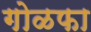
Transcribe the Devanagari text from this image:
गोळफा